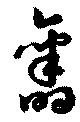
旧